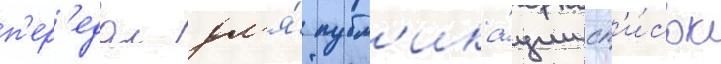
п'ер'едал дл'я́ публ'ика́ции сп'и́сок